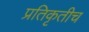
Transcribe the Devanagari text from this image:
प्रतिकृतीच